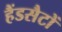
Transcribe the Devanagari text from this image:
हैंडसैटों